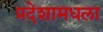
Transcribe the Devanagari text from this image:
प्रदेशामधला